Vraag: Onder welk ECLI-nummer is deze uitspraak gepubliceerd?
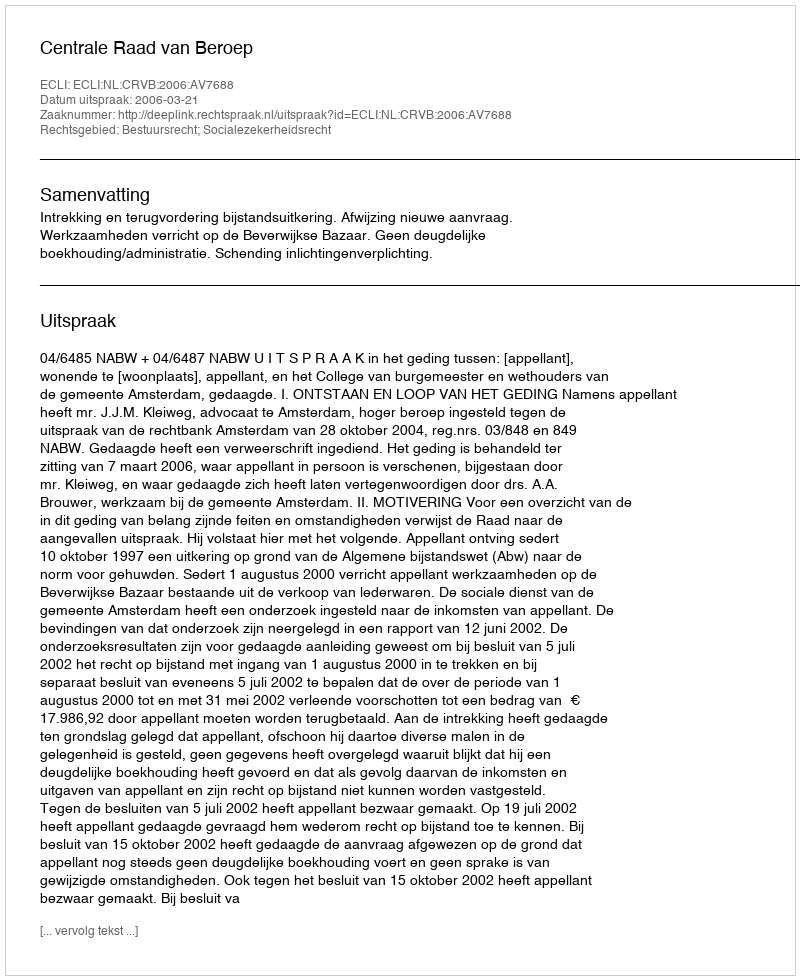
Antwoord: ECLI:NL:CRVB:2006:AV7688